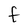
Character: F